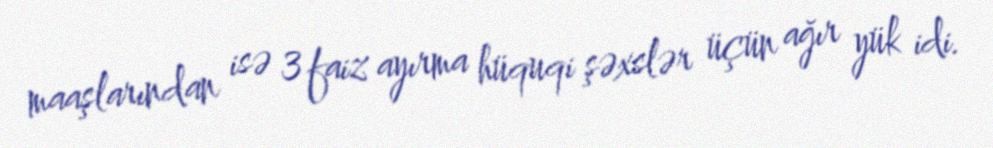
maaşlarından isə 3 faiz ayırma hüquqi şəxslər üçün ağır yük idi.